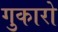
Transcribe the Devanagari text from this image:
गुकारो